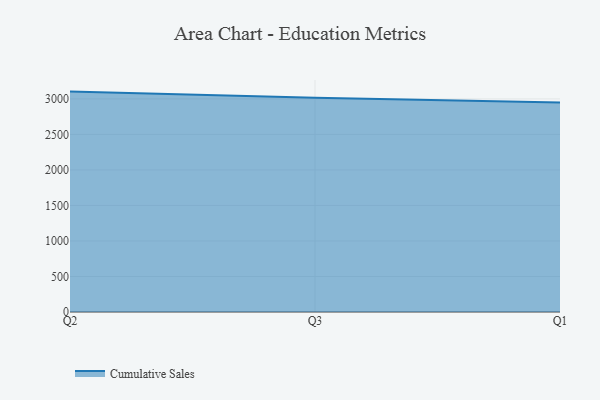
{"axis": {"x": "Quarter", "y": "Revenue (USD Million)"}, "legend": ["Cumulative Sales"], "data": [{"x": "Q2", "y": 3102.8, "type": "Cumulative Sales"}, {"x": "Q3", "y": 3015.7, "type": "Cumulative Sales"}, {"x": "Q1", "y": 2949.0, "type": "Cumulative Sales"}]}